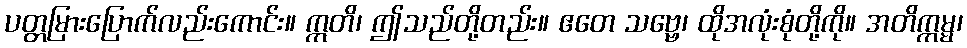
ပတ္တမြားပြောက်လည်းကောင်း။ ဣတိ၊ ဤသည်တို့တည်း။ ဧတေ သဗ္ဗေ၊ ထိုအလုံးစုံတို့ကို။ အတိက္ကမ္မ၊